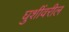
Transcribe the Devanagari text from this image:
घुशींवरील